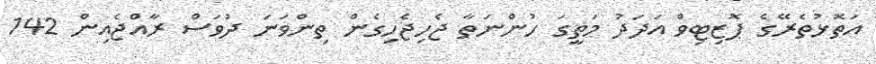
އަތޮޅުތެރޭގެ ޕޮޒިޓިވް އަދަދު މަތީގަ ހުންނަތާ ޖެހިޖެހިގެން ތިންވަނަ ދުވަސް ރާއްޖެއިން 142